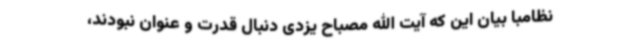
نظامبا بیان این که آیت الله مصباح یزدی دنبال قدرت و عنوان نبودند،